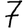
Digit: 7